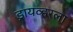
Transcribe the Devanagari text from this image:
ड्रायव्हरला